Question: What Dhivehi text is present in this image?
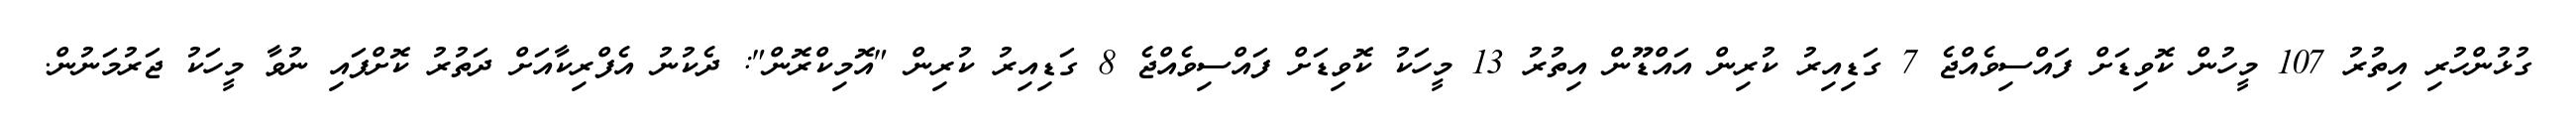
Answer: ގުޅުންހުރި އިތުރު 107 މީހުން ކޮވިޑަށް ފައްސިވެއްޖެ 7 ގަޑިއިރު ކުރިން އައްޑޫން އިތުރު 13 މީހަކު ކޮވިޑަށް ފައްސިވެއްޖެ 8 ގަޑިއިރު ކުރިން "އޮމިކްރޮން": ދެކުނު އެފްރިކާއަށް ދަތުރު ކޮށްފައި ނުވާ މީހަކު ޖަރުމަނުން.